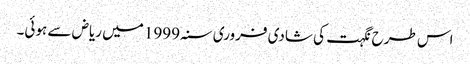
اس طرح نگہت کی شادی فروری سنہ 1999 میں ریاض سے ہوئی۔